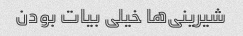
شیرینی‌ها خیلی بیات بودن